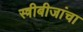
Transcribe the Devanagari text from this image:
स्त्रीबीजांचा